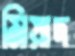
মিয়াদ